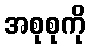
အစုစုကို